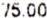
75.00